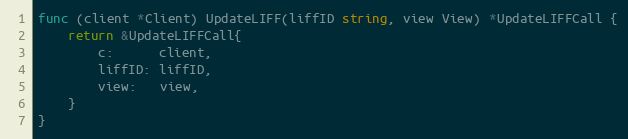
Language: Go
func (client *Client) UpdateLIFF(liffID string, view View) *UpdateLIFFCall {
	return &UpdateLIFFCall{
		c:      client,
		liffID: liffID,
		view:   view,
	}
}